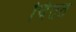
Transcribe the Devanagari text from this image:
चिंतत